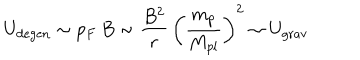
U _ { \mathrm { d e g e n } } \sim p _ { F } \, B \sim \frac { B ^ { 2 } } { r } \, \left( \frac { m _ { p } } { M _ { p l } } \right) ^ { 2 } \sim U _ { \mathrm { g r a v } }